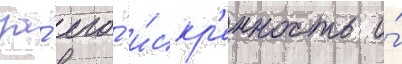
за́ его́ и́скр'енность и́